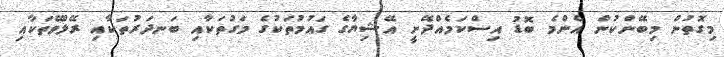
މިގޮތުން މިބޭންކުން އެންމެ ބޮޑު އިސްކަމެއްދޭނީ އޭޝިޔާގެ ގައުމުތަކުގެ މަގުތަކާއި ބަނދަރުތަކާއި ރޭލްވޭތަކާއި